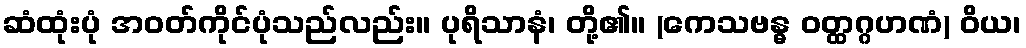
ဆံထုံးပုံ အဝတ်ကိုင်ပုံသည်လည်း။ ပုရိသာနံ၊ တို့၏။ (ကေသဗန္ဓ ဝတ္ထဂ္ဂဟဏံ) ဝိယ၊